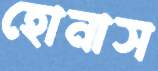
হোনাস